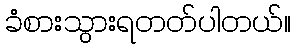
ခံစားသွားရတတ်ပါတယ်။